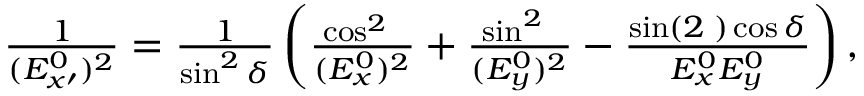
\begin{array} { r } { \frac { 1 } { ( E _ { x \prime } ^ { 0 } ) ^ { 2 } } = \frac { 1 } { \sin ^ { 2 } \delta } \left( \frac { \cos ^ { 2 } { \it \Psi } } { ( E _ { x } ^ { 0 } ) ^ { 2 } } + \frac { \sin ^ { 2 } { \it \Psi } } { ( E _ { y } ^ { 0 } ) ^ { 2 } } - \frac { \sin ( 2 { \it \Psi } ) \cos \delta } { E _ { x } ^ { 0 } E _ { y } ^ { 0 } } \right) , } \end{array}